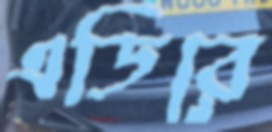
এডিরে